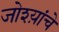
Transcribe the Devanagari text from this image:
जोश्य़ांचे